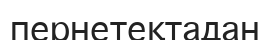
пернетеқтадан